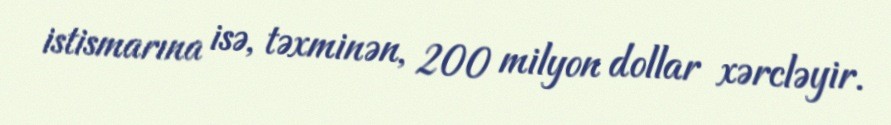
istismarına isə, təxminən, 200 milyon dollar xərcləyir.